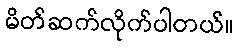
မိတ်ဆက်လိုက်ပါတယ်။